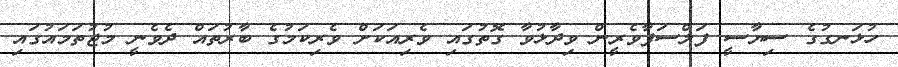
ހުޅަނގުގެ ސިޔާސީ ފަލްސަފާވެރީން ވިދާޅުވާ ގޮތުގައި ވެރިއަކަށް ވެރިކަމުގެ ބާރުތައް ދެވެނީ މުޖުތަމައުގައި